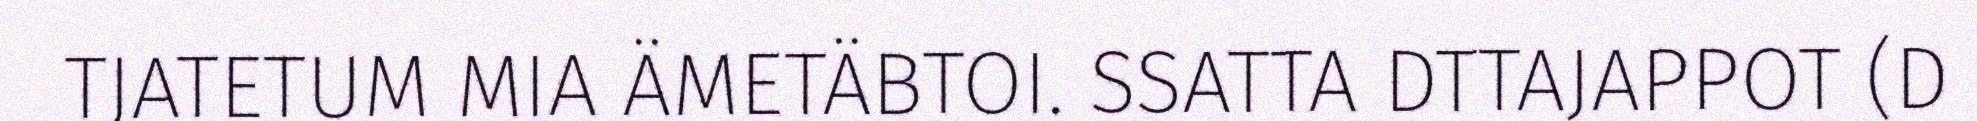
TJATETUM MIA ÄMETÄBTOI. SSATTA DTTAJAPPOT (D